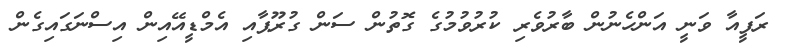
ރަފީއާ ވަނީ އަންހެނުން ބާރުވެރި ކުރުވުމުގެ ގޮތުން ސަން ގުރޫޕާއި އެމްޑީއޭއިން އިސްނަގައިގެން